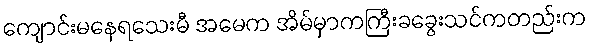
ကျောင်းမနေရသေးမီ အမေက အိမ်မှာကကြီးခခွေးသင်ကတည်းက